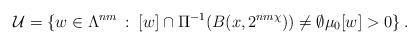
LaTeX: \begin{align*}\mathcal{U}=\{w\in\Lambda^{nm}\::\:[w]\cap\Pi^{-1}(B(x,2^{nm\chi}))\ne\emptyset\mu_{0}[w]>0\}\:.\end{align*}